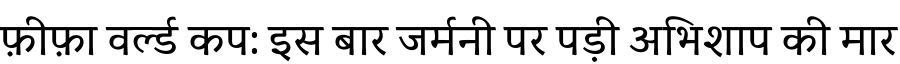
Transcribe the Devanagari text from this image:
फ़ीफ़ा वर्ल्ड कप: इस बार जर्मनी पर पड़ी अभिशाप की मार